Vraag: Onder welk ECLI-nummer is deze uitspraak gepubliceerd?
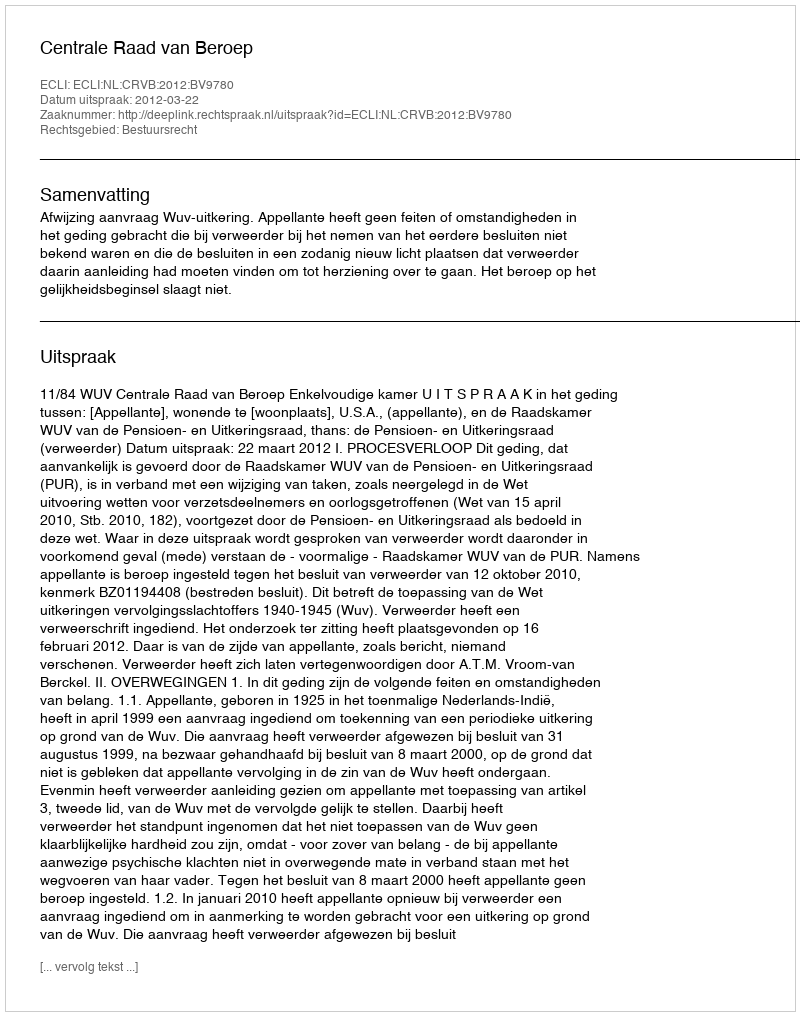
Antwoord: ECLI:NL:CRVB:2012:BV9780